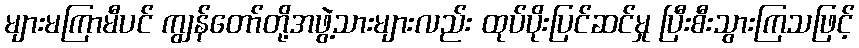
များမကြာမီပင် ကျွန်တော်တို့အဖွဲ့သားများလည်း ထုပ်ပိုးပြင်ဆင်မှု ပြီးစီးသွားကြသဖြင့်